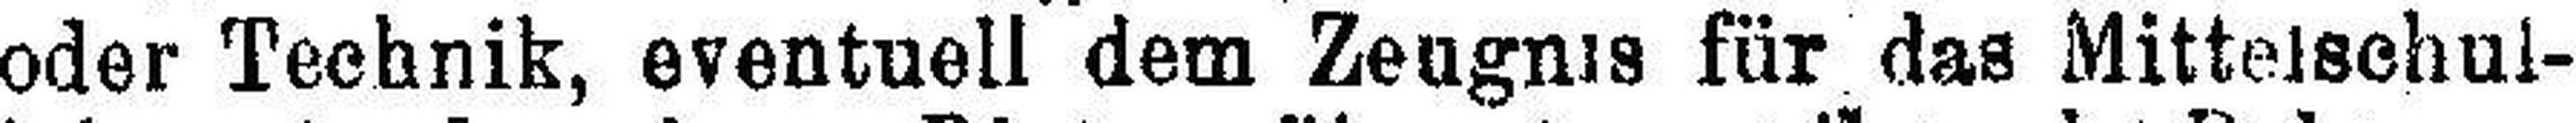
oder Technik, eventuell dem Zeugnis für das Mittelschul¬